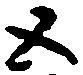
五